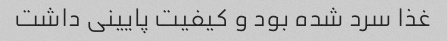
غذا سرد شده بود و کیفیت پایینی داشت